Civil Veterinary Dept. Assam report 1927-50 - 1927-1950
Year: 1927
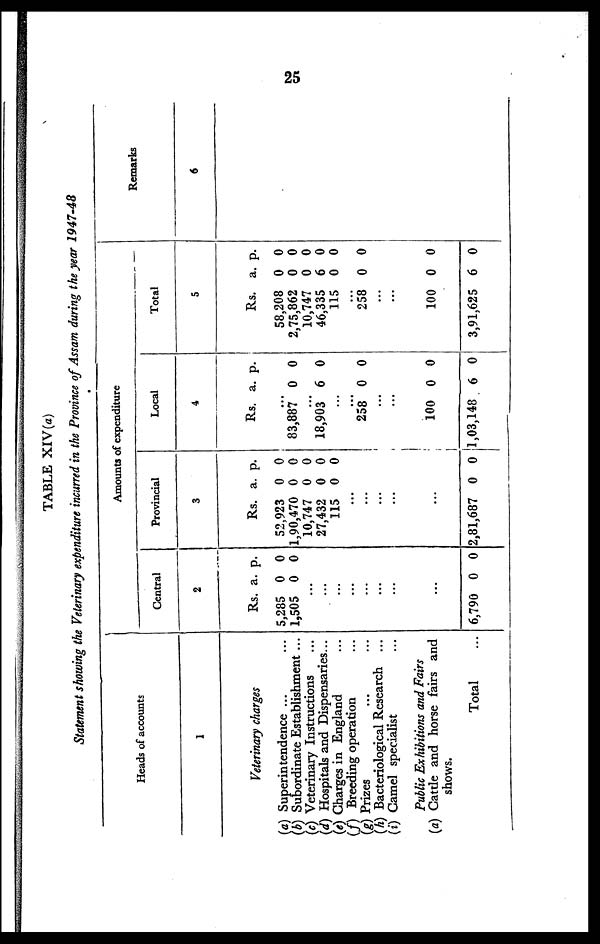
25
TABLE XIV (a)
Statement showing the Veterinary expenditure incurred in the Province of Assam during the year 1947-48
Heads of accounts
1
Veterinary charges
(a) Superintendence ... ...
(b) Subordinate Establishment ...
(c) Veterinary Instructions ...
(d) Hospitals and Dispensaries...
(e) Charges in England ...
(f) Breeding operation ...
(g) Prizes ... ...
(A) Bacteriological Research ...
(i) Camel specialist ...
Public Exhibitions and Fairs
(a) Catde and horse fairs and
shows.
Total ...
Amounts of expenditure
Central
2
Rs.
5,285
1,505
...
...
...
...
...
...
...
...
6,790
a.
0
0
0
p.
0
0
0
Provincial
3
Rs.
52,923
1,90,470
10,747
27,432
115
...
...
...
...
...
2,81,687
a.
0
0
0
0
0
0
p.
0
0
0
0
0
0
Local
4
Rs.
...
83,887
...
18,903
. ..
...
.
258
...
...
100
1,03,148
a.
0
6
0
0
6
p.
0
0
0
0
0
Total
5
Rs.
58,208
2,75,862
10,747
46,335
115
...
258
...
...
100
3,91,625
a.
0
0
0
6
0
0
0
6
p.
0
0
0
0
0
0
0
0
Remarks
6